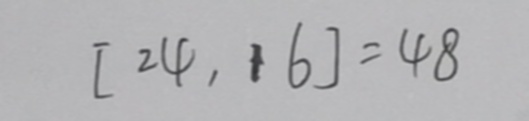
[ 2 4 , 1 6 ] = 4 8